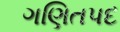
ગણિતપદ